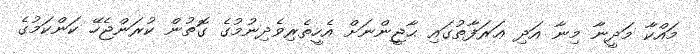
މައްކާ މަދީނާ މިނާ އަދި ޢަރަފާތުގައި ޙާޖީންނަށް އެހީތެރިވެދިނުމުގެ ގޮތުން ކުރަންޖެހޭ ކަންކަމުގެ